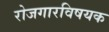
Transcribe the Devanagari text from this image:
रोजगारविषयक